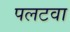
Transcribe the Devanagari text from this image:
पलटवा